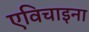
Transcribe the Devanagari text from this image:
एविचाइना